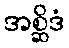
အစ္ဆိဒံ